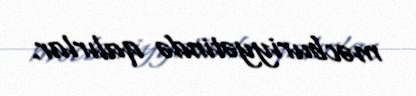
məcburiyyətində qalırlar.